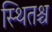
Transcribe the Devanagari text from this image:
स्थितश्च